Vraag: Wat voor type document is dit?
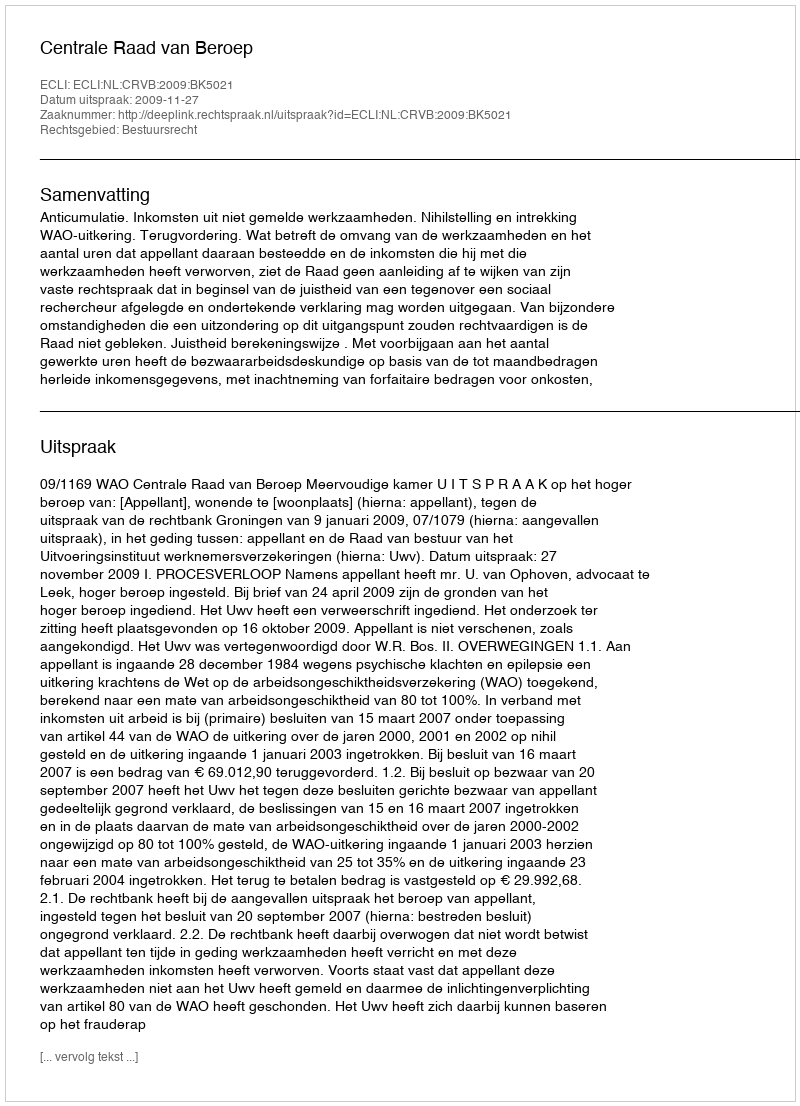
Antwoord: Uitspraak